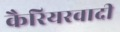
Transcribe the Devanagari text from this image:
कैरियरवादी